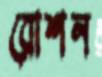
রোশন